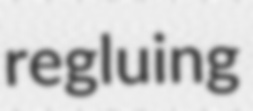
regluing